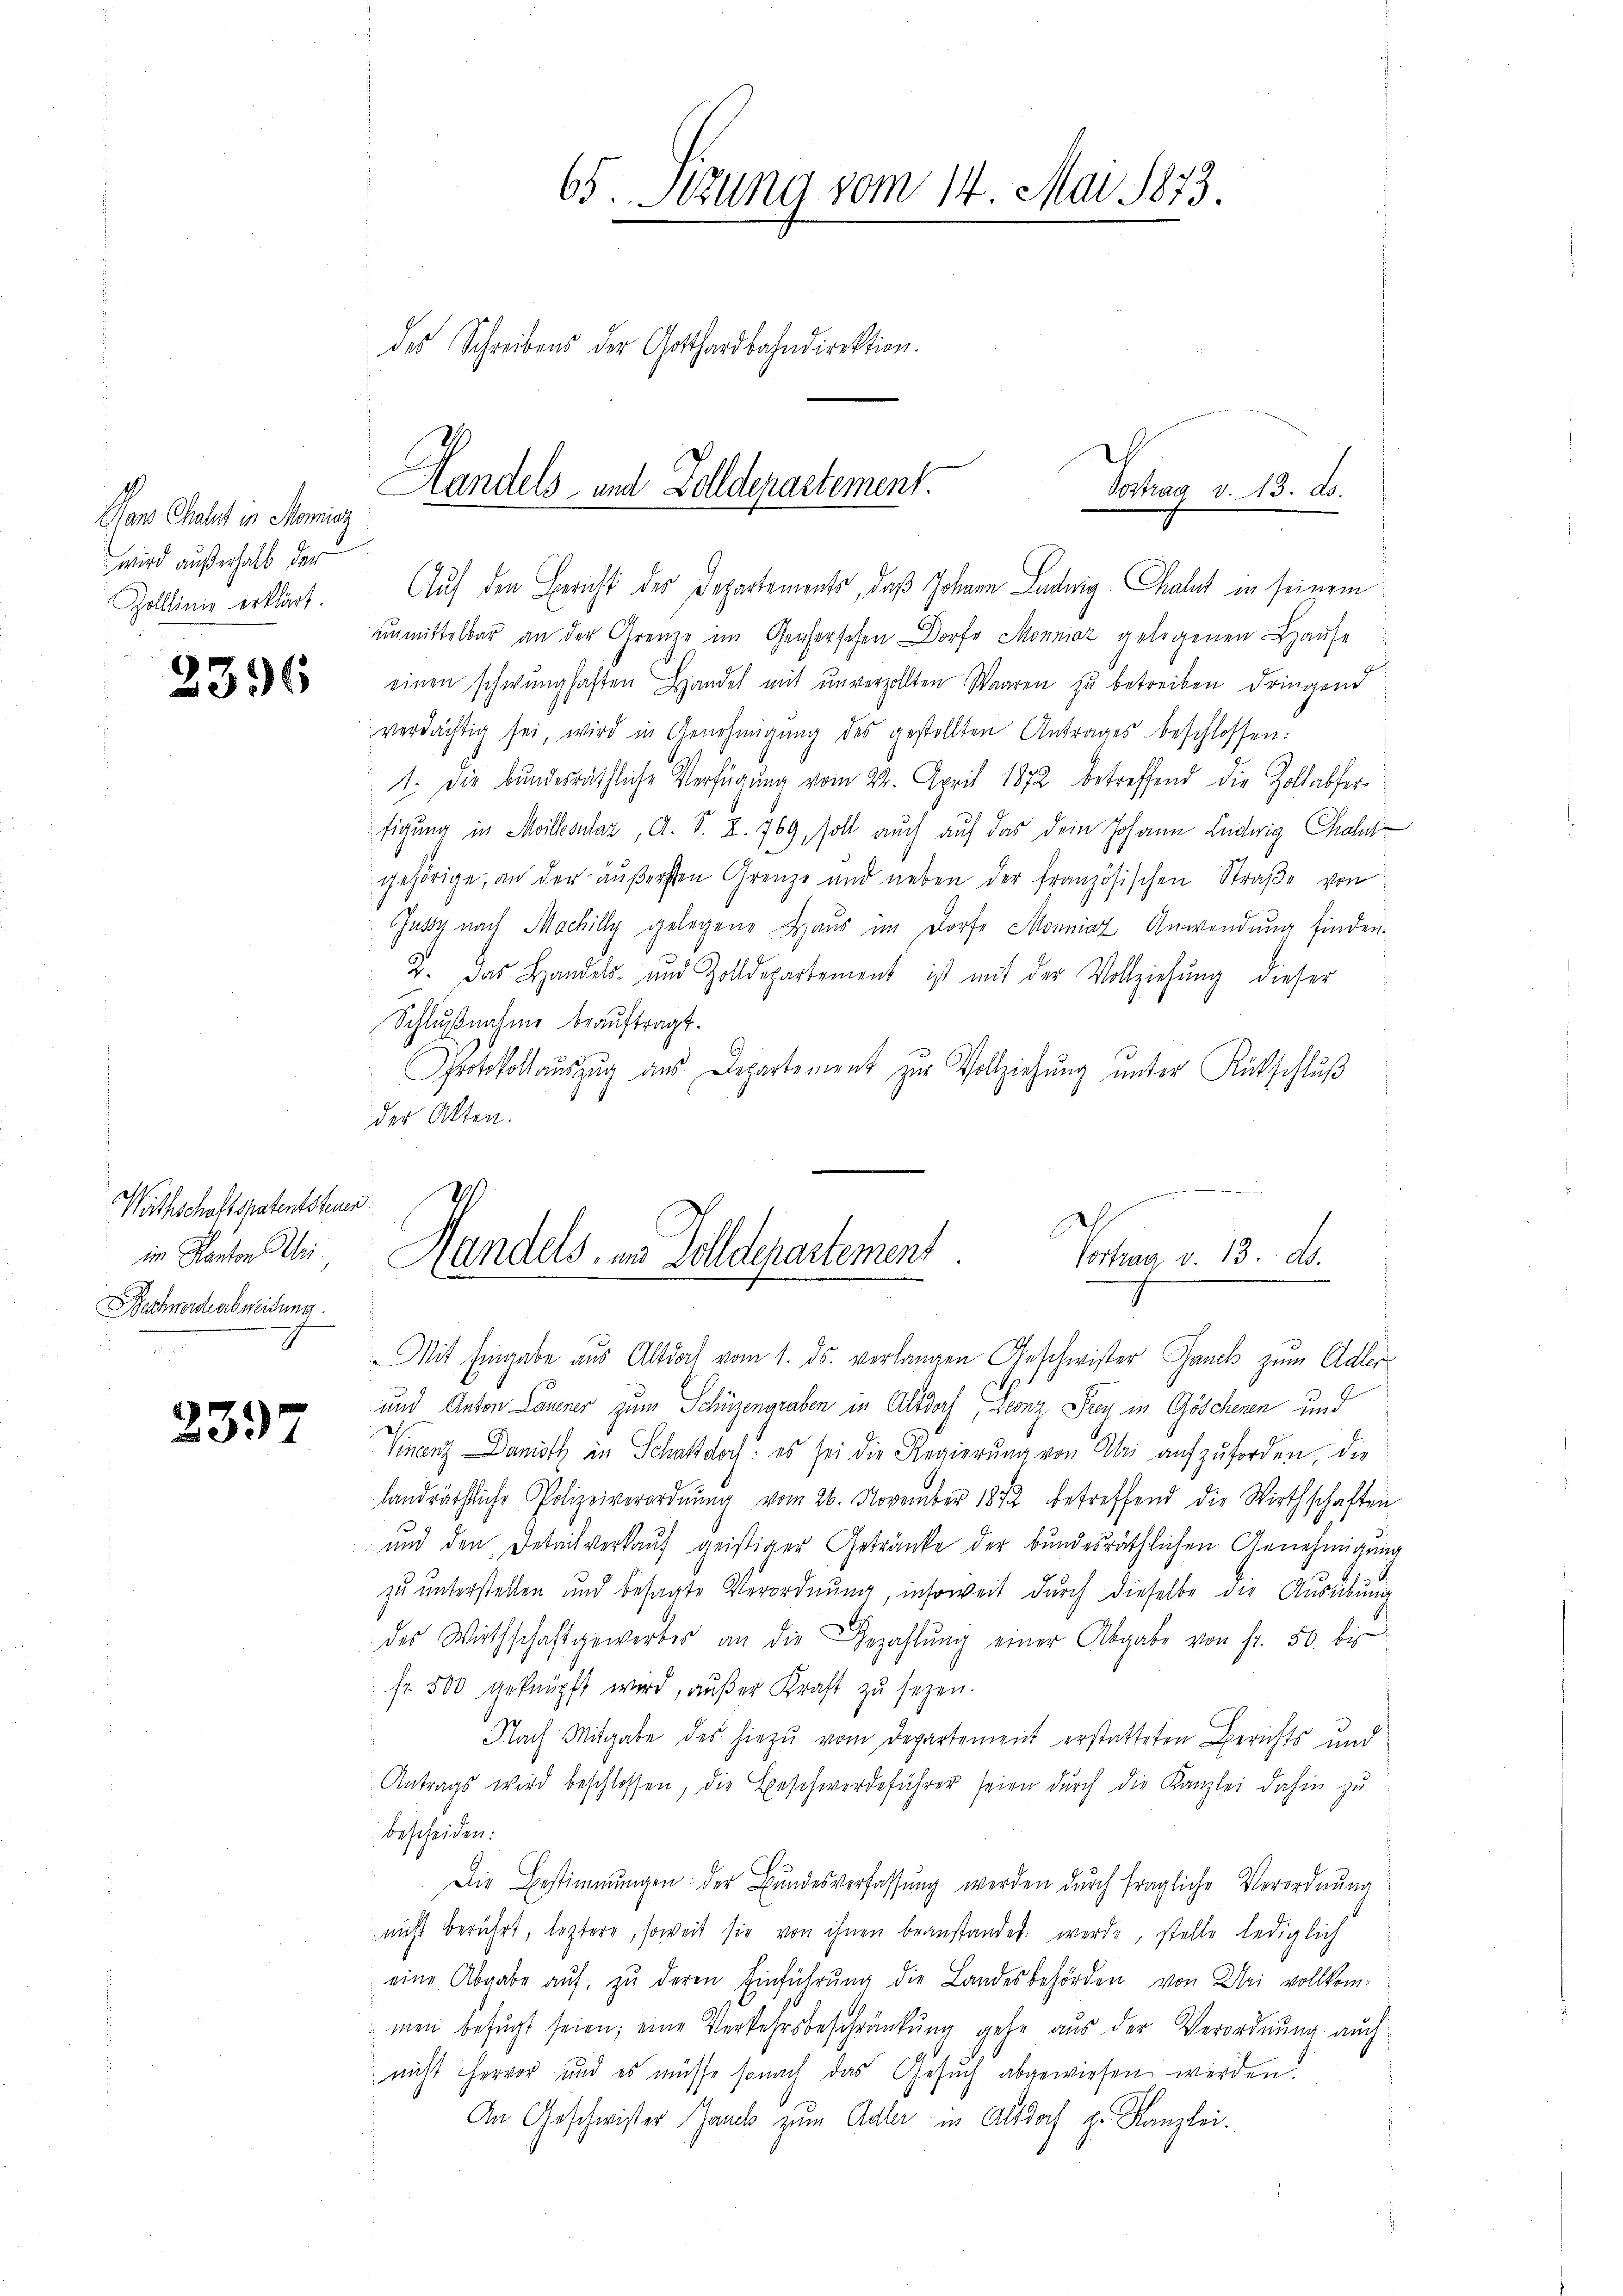
Pan Chalet in Moricz
wird außerhalb der

Wäthschaftspatentsteuer
im Kanton Wei¬
Beschwerde abweisung.

237

65. Sezung vom 14. Mai 1873.
des Schreibens der Gotthardbahndirektion.

Handels- und Zolldepartement.
Vortrag v. 13. d.
Zollinie erklärt. Auf den Bericht des Departements, daß Johann Ludwig Chalut in seinem

unmittelbar an der Grenze im Genferschen Dorfe Monniaz gelegenen Hause
280 einen schwunghaften Handel mit unverzollten Waaren zu betreiben dringend
verdächtig sei, wird in Genehmigŭng des gestellten Antrages beschlossen:
1. Die bundesräthliche Verfügŭng vom 22. April 1872 betreffend die Zollabfer-
tigung in Millesalaz, A. S. Z. 769, soll auch auf das dein Johann Ludwig Chalus
gehörige, an der äußersten Grenze und neben der französischen Straße von
Jusy nach Machilly gelegene Haus im Dorfe Monniaz Anwendung finden¬
4. Das Handels- und Zolldepartement ist mit der Vollziehŭng dieser
Schlußnahme beauftragt.
Protokollauszug aus Departement zur Vollziehung unter Rückschluß
der Akten.
und Anton Launer zum Schüzengraben in Altdorf, conz Frey in Göschenen und
Finanz Damoth in Schaft doch: es sei die Regierŭng von Uri aufzuforden, die
landräthliche Polizeiverordnung vom 26. November 1872 betreffend die Wirthschaften
und den Detailverkauf geistiger Getränke der bundesräthlichen Genehmigung
zu unterstellen und besagte Verordnŭng, insoweit durch dieselbe die Ausübung
des Wirthschaft gewerbes an die Bezahlŭng einer Abgabe von fr. 50. bis
fr. 500 geknüpft wird, außer Kraft zu sezen.
Nach Mitgabe des hiezu vom Departement erstatteten Berichts und
Antrags wird beschlossen, die Beschwerdeführer seien durch die Kanzlei dahin zu
bescheiden:
Die Bestimmungen der Bundesverfassŭng werden durch fragliche Verordnung
nicht berührt, leztere, soweit sie von ihnen beanstandet werde, stelle lediglich
eine Abgabe aŭf zŭ deren Einführŭng die Landesbehörden von Uri vollkom-
men befugt seien; eine Verkehrsbeschränkung gehe aus der Verordnung auch
nicht hervor, und es müsse sonach das Gesuch abgewiesen werden.
An Geschwister Saal zum Adler in Altdoch Hr. Kanzlei.

de und den wi
Posten, d. 13. d.
Gandels. in Zolldepartement
e
C
.
.
Mit Eingabe aus Altdoch vom 1. ds. verlangen Geschwister Jauch zum Adler¬